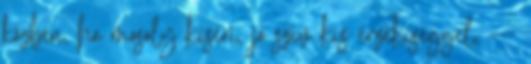
közben, ha mosoly kíséri, jó szív kis érzékiséggel, ---